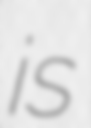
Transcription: is